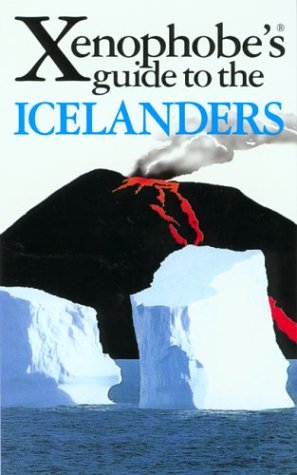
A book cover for The Xenophobe's Guide to the Icelanders (Xenophobe's Guides - Oval Books); Richard Sale; History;